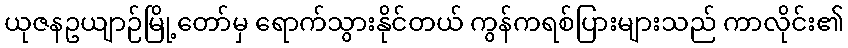
ယုဇနဥယျာဉ်မြို့တော်မှ ရောက်သွားနိုင်တယ် ကွန်ကရစ်ပြားများသည် ကာလိုင်း၏